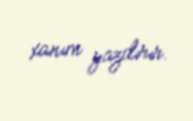
xanım yazdırır.